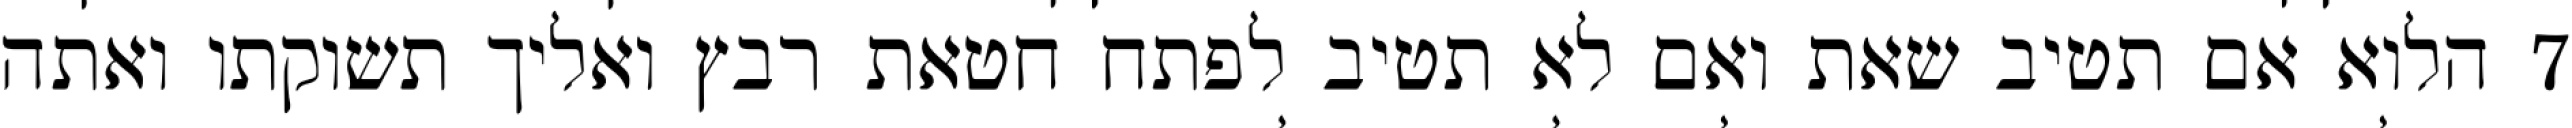
‎7‏ הלוא אם תטיב שאת ואם לא תטיב לפתח חטאת רבץ ואליך תשוקתו ואתה